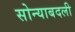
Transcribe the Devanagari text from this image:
सोन्याबदली